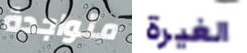
متواجدة الغيرة